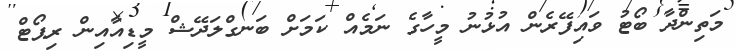
މަތިންދާ ބޯޓު ވައިފޭރެން އުޅުނު މީހާގެ ނަމެއް ކަމަށް ބަނގްލަދޭޝް މީޑިއާއިން ރިޕޯޓް